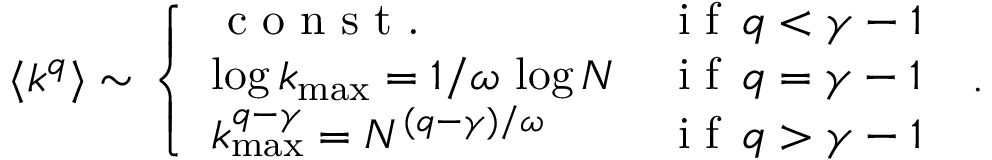
\langle k ^ { q } \rangle \sim \left\{ \begin{array} { l l } { \textrm { c o n s t . } } & { \textrm { i f } \, q < \gamma - 1 } \\ { \log k _ { \operatorname* { m a x } } = 1 / \omega \, \log N } & { \textrm { i f } \, q = \gamma - 1 } \\ { k _ { \operatorname* { m a x } } ^ { q - \gamma } = N ^ { ( q - \gamma ) / \omega } } & { \textrm { i f } \, q > \gamma - 1 } \end{array} \right. \; .